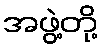
အဖွဲ့တို့